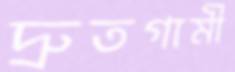
দ্রুতগামী